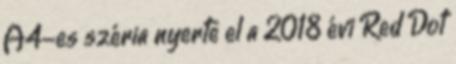
A4-es széria nyerte el a 2018 évi Red Dot